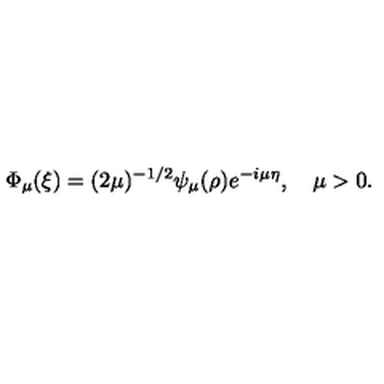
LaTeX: \Phi _ { \mu } ( \xi ) = ( 2 \mu ) ^ { - 1 / 2 } \psi _ { \mu } ( \rho ) e ^ { - i \mu \eta } , \quad \mu > 0 .